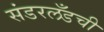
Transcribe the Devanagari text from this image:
संडरलँडची